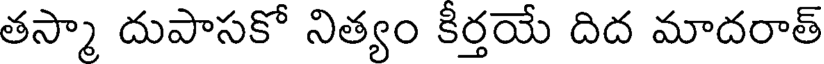
తస్మా దుపాసకో నిత్యం కిర్తయే దిద మాదరాత్